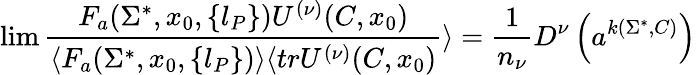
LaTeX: \operatorname*{lim}{\frac{F_{a}(\Sigma^{*},x_{0},\{ l_{P}\} )U^{(\nu)}(C,x_{0})}{\langle F_{a}(\Sigma^{*},x_{0},\{ l_{P}\} )\rangle\langle trU^{(\nu)}(C,x_{0})}}\rangle={\frac{1}{n_{\nu}}}D^{\nu}\left(a^{k(\Sigma^{*},C)}\right)